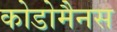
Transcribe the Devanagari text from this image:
कोडोमैनस